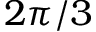
2 \pi / 3